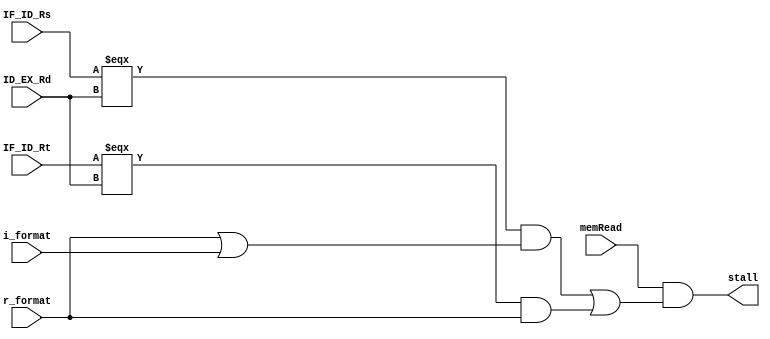
`default_nettype none
module HDU (
    output wire stall,
    input wire [2:0] IF_ID_Rs,
    input wire [2:0] IF_ID_Rt,
    input wire [2:0] ID_EX_Rd,
    input wire r_format,
    input wire i_format,
    input wire memRead
);
    wire oneA, oneB, twoA, twoB;
    assign oneA = IF_ID_Rs === ID_EX_Rd;
    assign oneB = IF_ID_Rt === ID_EX_Rd;
    assign stall = memRead & ((oneA & (r_format | i_format)) | (oneB & r_format));
    
endmodule
`default_nettype wire